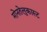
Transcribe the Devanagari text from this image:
मोनतेलुकास्ट